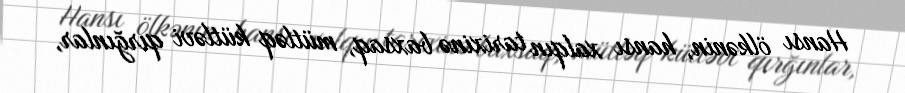
Hansı ölkənin, hansı xalqın tarixinə baxsaq, mütləq kütləvi qırğınlar,